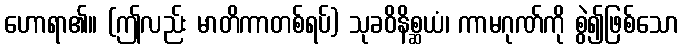
ဟောရာ၏။ (ဤလည်း မာတိကာတစ်ရပ်) သုခဝိနိစ္ဆယံ၊ ကာမဂုဏ်ကို စွဲ၍ဖြစ်သော